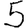
Digit: 5